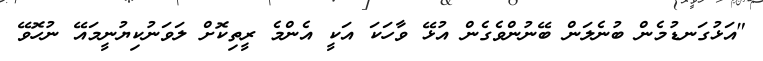
"އަޅުގަނޑުމެން ބުނެލަން ބޭނުންވެގެން އުޅޭ ވާހަކަ އަކީ އެންމެ ރީތިކޮށް ލަވަނުކިޔުނީމައޭ ނުހޮވޭ